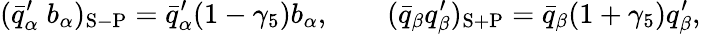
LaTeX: (\bar{q}_{\alpha}^{\prime}\; b_{\alpha})_{\mathrm{S-P}}=\bar{q}_{\alpha}^{\prime}(1-\gamma_{5})b_{\alpha},\qquad(\bar{q}_{\beta}q_{\beta}^{\prime})_{\mathrm{S+P}}=\bar{q}_{\beta}(1+\gamma_{5})q_{\beta}^{\prime},